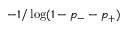
- 1 / \log ( 1 - p _ { - } - p _ { + } )